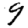
Digit: 9